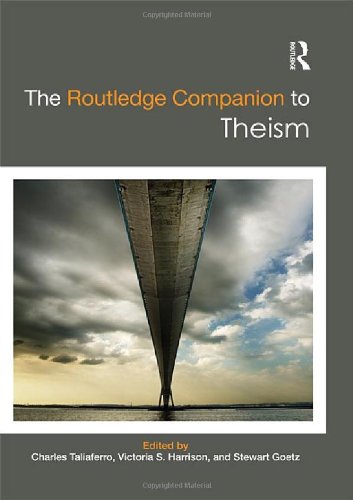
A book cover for The Routledge Companion to Theism (Routledge Religion Companions); Religion & Spirituality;